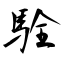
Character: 駩